Medical and sanitary report on the native army of Bombay for the year
Year: 1879
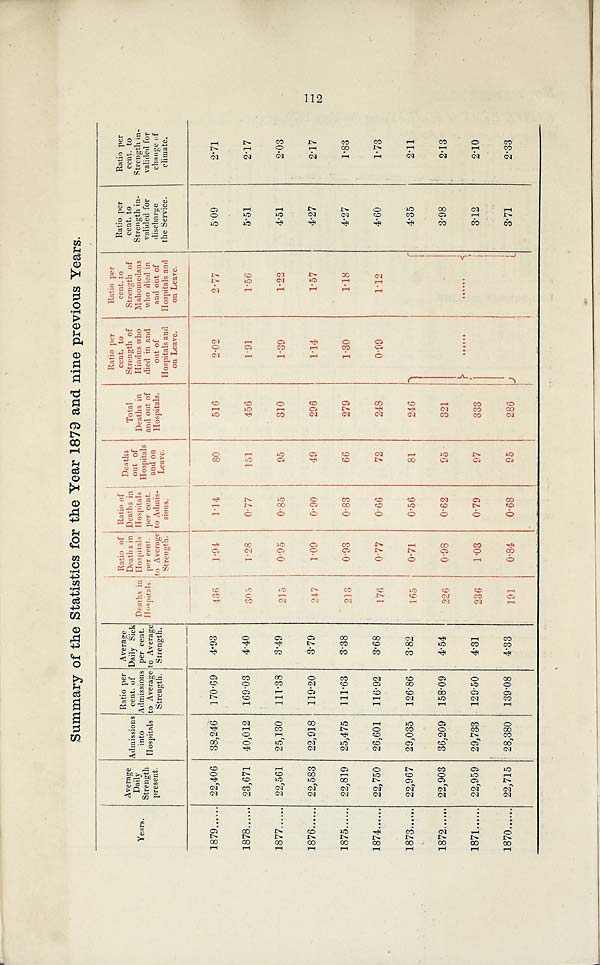
Summary of the Statistics for the Year 1879 and nine previous Years.
Years.
Average
Daily
Strength
present.
Admissions
into
Hospitals
Ratio per
cent. of
Admissions
to Average
Strength.
Average
Daily Sick
per cent.
to Average
Strength.
Deaths in
Hospitals.
Ratio of
Deaths in
Hospitals
per cent.
to Average
Strength.
Ratio of
Deaths in
Hospitals
per cent.
to Admis-
sions.
Deaths
out of
Hospitals
and on
Leave.
Total
Deaths in
and out of
Hospitals.
Ratio per
cent. to
Strength of
Hindus who
died in and
out of
Hospitals and
on Leave.
Ratio per
cent. to
Strength of
Mahomedans
who died in
and out of
Hospitals and
on Leave.
Ratio per
cent. to
Strength in-
valided for
discharge
the Service.
Ratio per
cent. to
Strength in-
valided for
change of
climate.
1879
. . . . . . 22,406 38,246 170.69
4.93
436
1.94
1.14
80
516
2. 02
2.77
5.09
2.71
1878 ...... 23,671 40,012 169.03
4.40
3 0 5
1.28
0.77
151
456
1.91
1.56
5.51
2.17
1877 ...... 22,561 25,130 111.38
3.49
215
0.95
0.85
95
310
1.39
1.22
4.51
2.03
1876 ...... 22,583 22,918 119.20
3.79
247
1.09
0.90
49
296
1 . 1 4
1.57
4.27
2.17
1875 ...... 22,819 25,475 111.63
3.38
213
0.93
0.83
66
279
1.30
1.18
4.27
1.83
1874 ...... 22,750 26,601 116.92
3.68
176
0.77
0.66
72
248
0.99
1.12
4.60
1.73
1873 ...... 22,967 29,035 126.86
3.82
165
0.71
0.56
81
246
. . . . . .
......
4.35
2.11
1872 ...... 22,903 36,209 158.09
4.54
226
0.98
0.62
95
321
3.98
2.13
1871 ...... 22,959 29,733 129.50
4.31
236
1.03
0.79
97
333
3.12
2.10
1870 ...... 22,715 28,380 139.08
4.33
191
0.84
0.68
95
286
3.71
2.33
112